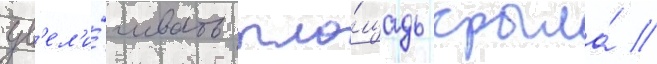
ув'ел'и́чивать пло́щадь крыла́ //